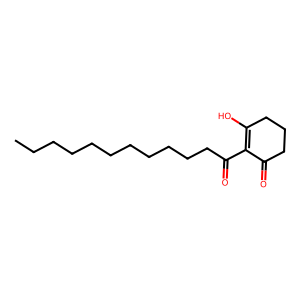
SMILES: CCCCCCCCCCCC(=O)C1=C(O)CCCC1=O
Inhibits HIV replication: No